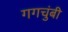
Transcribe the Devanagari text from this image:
गगचुंबी